Indian journal of veterinary science and animal husbandry - Volume 5,
Year: 1935
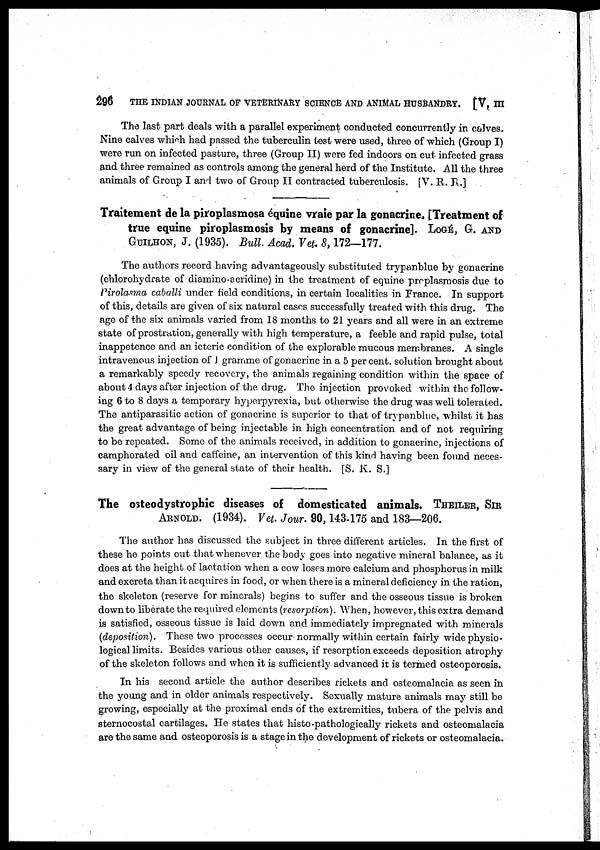
296
THE INDIAN JOURNAL OF VETERINARY SCIENCE AND ANIMAL HUSBANDRY. [V, III
The last part deals with a parallel experiment conducted concurrently in calves.
Nine calves which had passed the tuberculin test were used, three of which (Group I)
were run on infected pasture, three (Group II) were fed indoors on cut infected grass
and three remained as controls among the general herd of the Institute. All the three
animals of Group I and two of Group II contracted tuberculosis. [V. R. R.]
Traitement de la piroplasmosa équine vraie par la gonacrine. [Treatment of
true equine piroplasmosis by means of gonacrine]. LOLÉ, G. AND
GUILHON, J. (1935). Bull. Acad. Vet. 8,172—177.
The authors record having advantageously substituted trypanblue by gonacrine
(chlorohydrate of diamino-acridine) in the treatment of equine proplasmosis due to
Pirolasma caballi under field conditions, in certain localities in France. In support
of this, details are given of six natural cases successfully treated with this drug. The
age of the six animals varied from 18 months to 21 years and all were in an extreme
state of prostration, generally with high temperature, a feeble and rapid pulse, total
inappetence and an icteric condition of the explorable mucous membranes. A single
intravenous injection of 1 gramme of gonacrine in a 5 per cent. solution brought about
a remarkably speedy recovery, the animals regaining condition within the space of
about 4 days after injection of the drug. The injection provoked within the follow-
ing 6 to 8 days a temporary hyperpyrexia, but otherwise the drug was well tolerated.
The antiparasitic action of gonacrine is superior to that of trypanblue, whilst it has
the great advantage of being injectable in high concentration and of not requiring
to be repeated. Some of the animals received, in addition to gonacrine, injections of
camphorated oil and caffeine, an intervention of this kind having been found neces-
sary in view of the general state of their health. [S. K. S.]
The osteodystrophic diseases of domesticated animals. THEILER, SIR
ARNOLD. (1934). Vet. Jour. 90,143-175 and 183—206.
The author has discussed the subject in three different articles. In the first of
these he points out that whenever the body goes into negative mineral balance, as it
does at the height of lactation when a cow loses more calcium and phosphorus in milk
and excreta than it acquires in food, or when there is a mineral deficiency in the ration,
the skeleton (reserve for minerals) begins to suffer and the osseous tissue is broken
down to liberate the required elements (resorption). When, however, this extra demand
is satisfied, osseous tissue is laid down and immediately impregnated with minerals
(deposition). These two processes occur normally within certain fairly wide physio-
logical limits. Besides various other causes, if resorption exceeds deposition atrophy
of the skeleton follows and when it is sufficiently advanced it is termed osteoporosis.
In his second article the author describes rickets and osteomalacia as seen in
the young and in older animals respectively. Sexually mature animals may still be
growing, especially at the proximal ends of the extremities, tubera of the pelvis and
sternocostal cartilages. He states that histo-pathologically rickets and osteomalacia
are the same and osteoporosis is a stage in the development of rickets or osteomalacia.